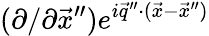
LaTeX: (\partial/\partial\vec{x}^{\prime\prime})e^{i\vec{q}^{\prime\prime}\cdot(\vec{x}-\vec{x}^{\prime\prime})}